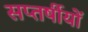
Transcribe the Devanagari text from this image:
सप्तर्षीयों